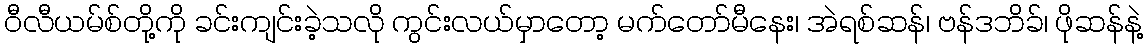
ဝီလီယမ်စ်တို့ကို ခင်းကျင်းခဲ့သလို ကွင်းလယ်မှာတော့ မက်တော်မီနေး၊ အဲရစ်ဆန်၊ ဗန်ဒဘိခ်၊ ဖိုဆန်နဲ့